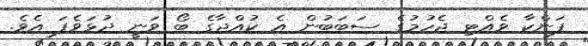
ފަންކާ ވެއްޓި ޖެހުމުގެ ސަބަބުން އެ ކުއްޖާގެ ބޯ ވަނީ ދުޅަވެފަ އެވެ.